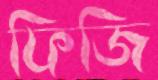
ফিজি